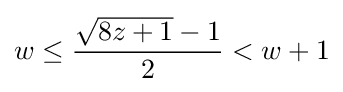
w\leq {\frac {{\sqrt {8z+1}}-1}{2}}<w+1